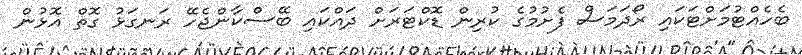
ބެހެއްޓުމަށްޓަކައި ރޯދަމަސް ފެށުމުގެ ކުރިން ޑޮކްޓަރަށް ދައްކައި ބޭސްކާންޖެހޭ ރަނގަޅު ގޮތް އޮޅުން